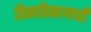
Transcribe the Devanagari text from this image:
ठिकठिकाणची